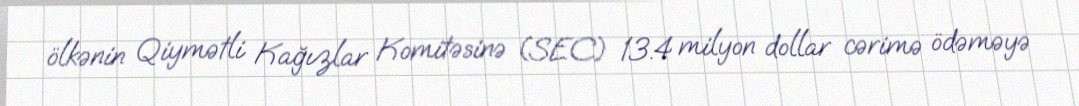
ölkənin Qiymətli Kağızlar Komitəsinə (SEC) 13.4 milyon dollar cərimə ödəməyə